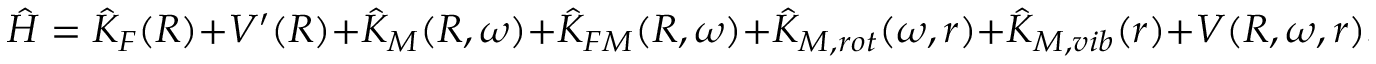
\hat { H } = \hat { K } _ { F } ( R ) + V ^ { \prime } ( R ) + \hat { K } _ { M } ( R , \omega ) + \hat { K } _ { F M } ( R , \omega ) + \hat { K } _ { M , r o t } ( \omega , r ) + \hat { K } _ { M , v i b } ( r ) + V ( R , \omega , r ) .